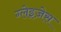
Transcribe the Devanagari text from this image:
ग्लेइज़ेस